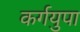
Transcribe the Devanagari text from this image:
कर्गयुपा